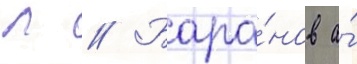
Л // Бара́нов а́